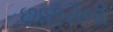
છાછરૌલી